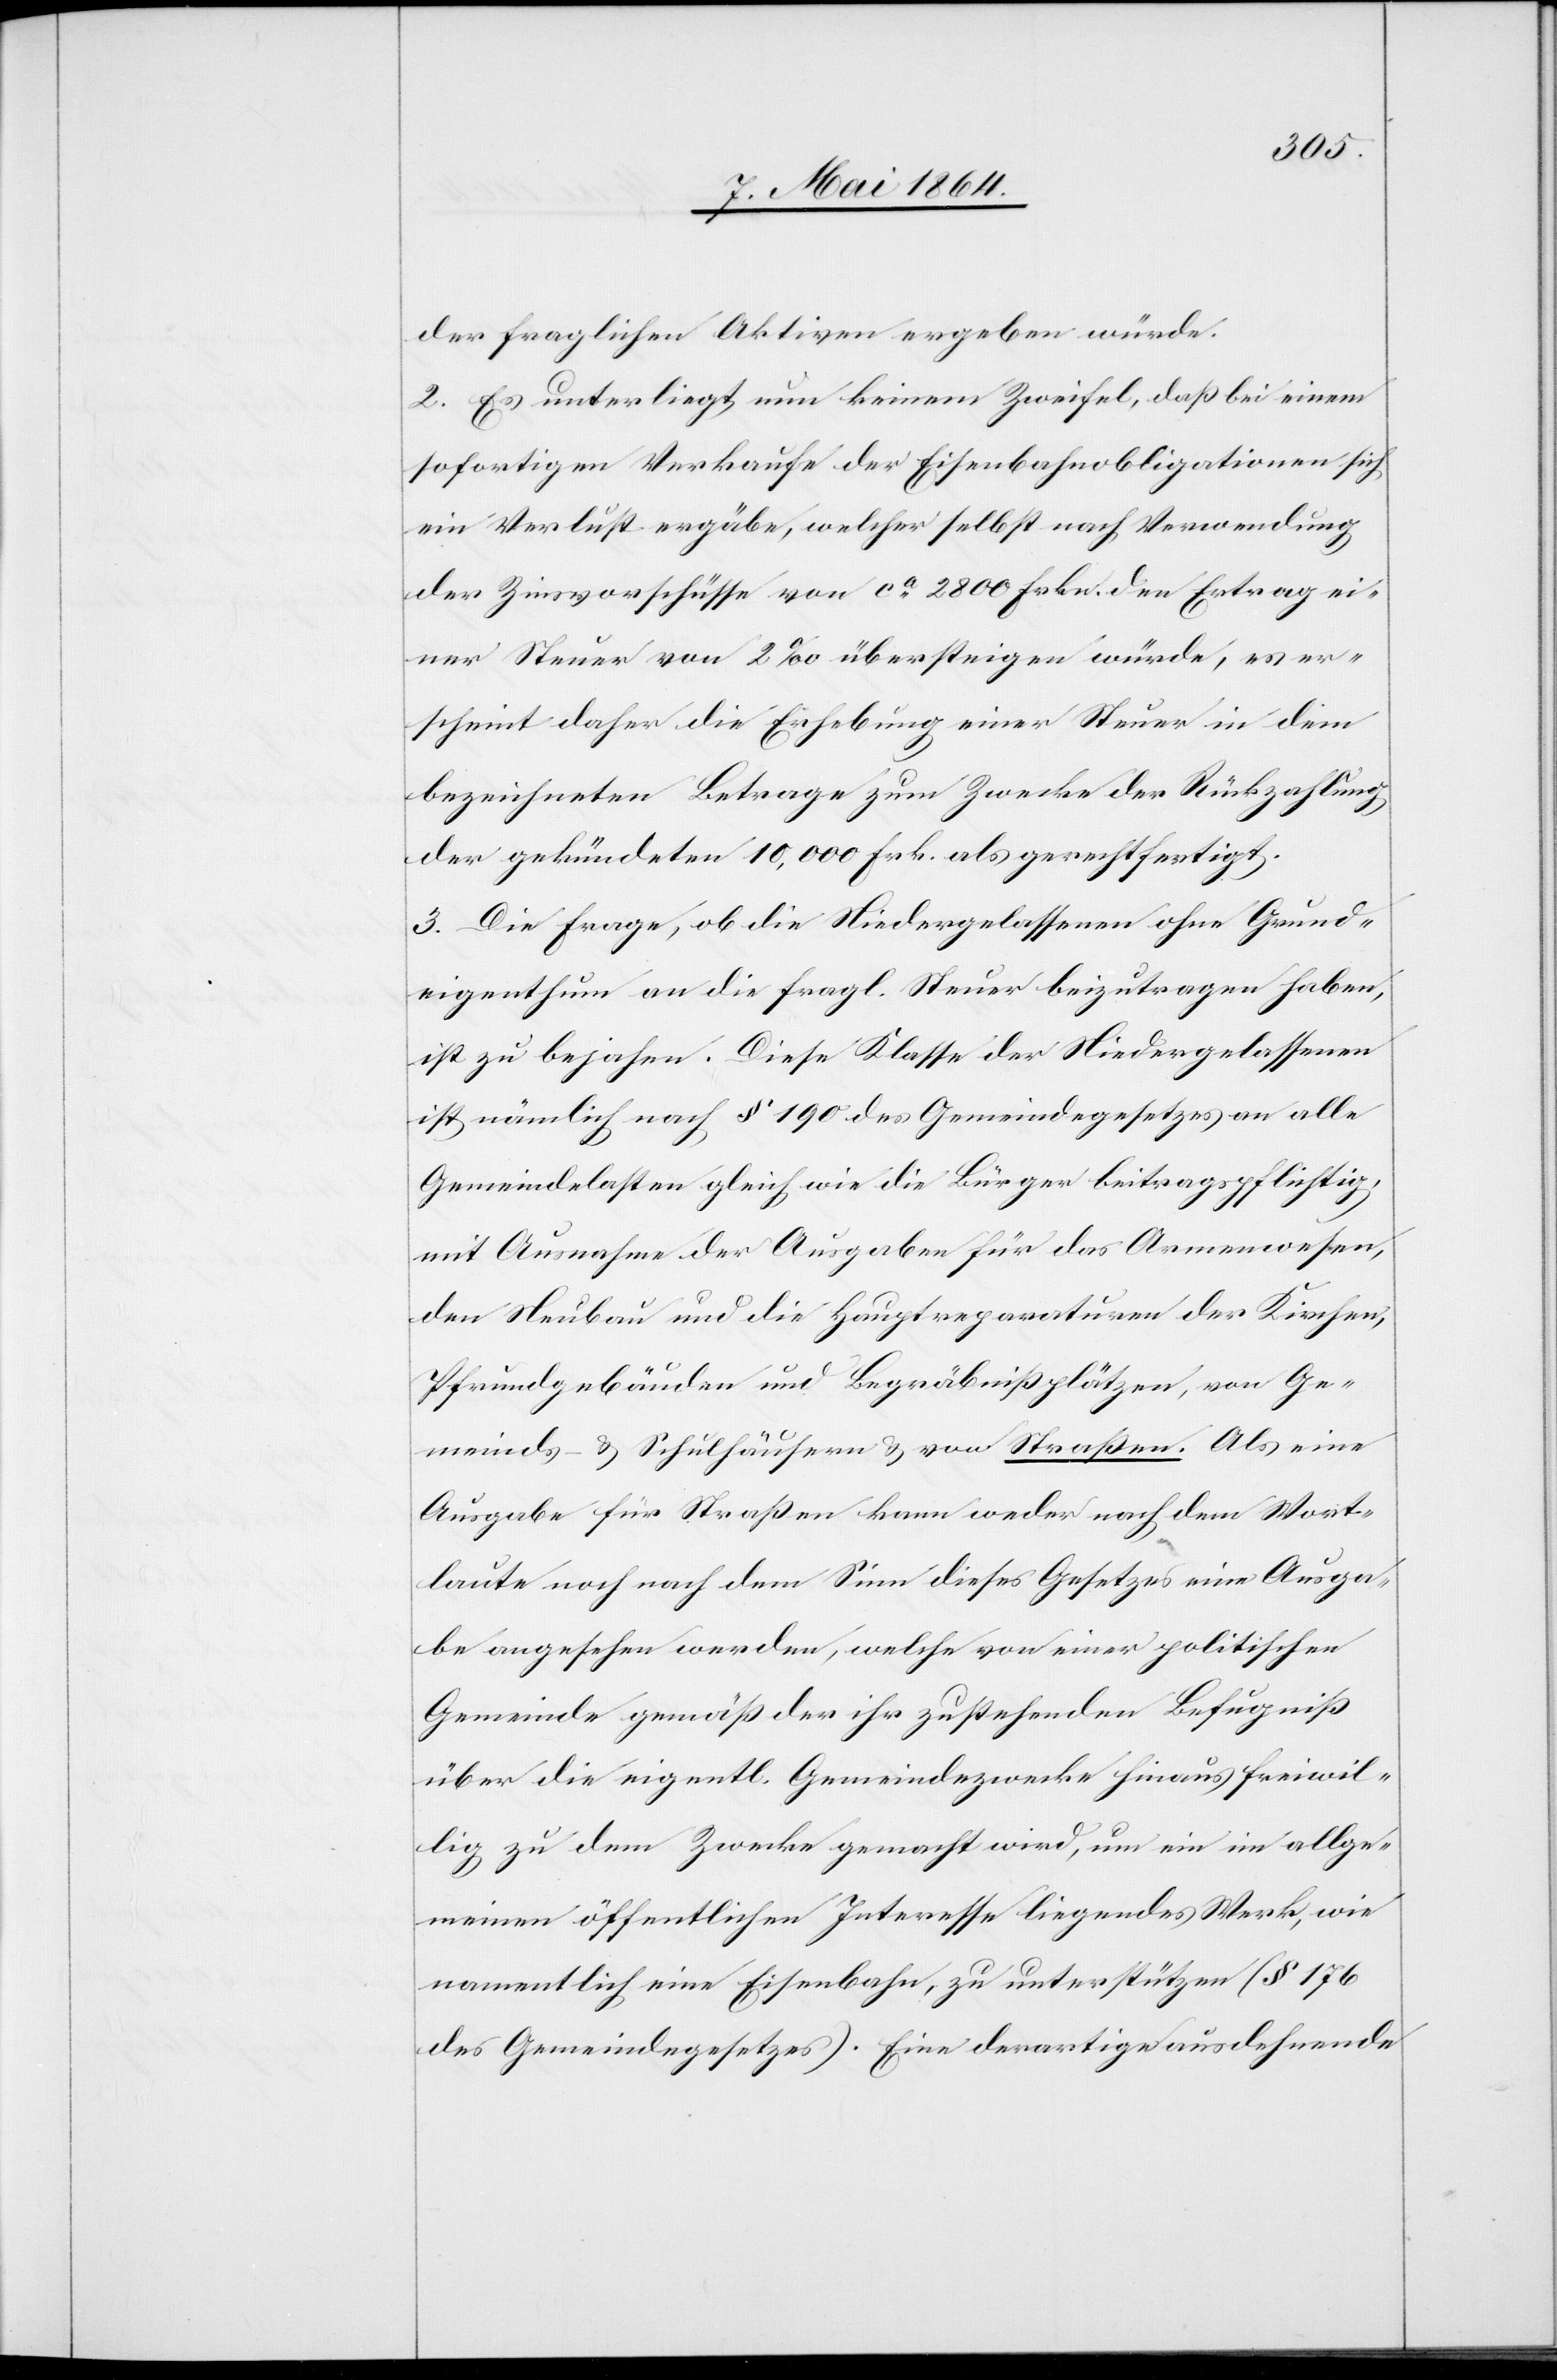
der fraglichen Aktiven ergeben würde.
2. Es unterliegt nun keinem Zweifel, daß bei einem
sofortigen Verkaufe der Eisenbahnobligationen sich
ein Verlust ergäbe, welcher selbst nach Verwendung
der Zinsvorschüsse von ca 2800 Frkn. den Ertrag ei¬
ner Steuer von 2‰ übersteigen würde, es er¬
scheint daher die Erhebung einer Steuer in dem
bezeichneten Betrage zum Zwecke der Rückzahlung
der gekündeten 10,000 Frk. als gerechtfertigt.
3. Die Frage, ob die Niedergelassenen ohne Grund¬
eigenthum an die fragl. Steuer beizutragen haben,
ist zu bejahen. Diese Klasse der Niedergelassenen
ist nämlich nach § 190 des Gemeindegesetzes an alle
Gemeindelasten gleich wie die Bürger beitragspflichtig,
mit Ausnahme der Ausgaben für das Armenwesen,
den Neubau und die Hauptreparaturen der Kirchen,
Pfrundgebäuden und Begräbnißplätzen, von Ge¬
meinds- u. Schulhäusern u. von Straßen. Als eine
Ausgabe für Straßen kann weder nach dem Wort¬
laute noch nach dem Sinn dieses Gesetzes eine Ausga¬
be angesehen werden, welche von einer politischen
Gemeinde gemäß der ihr zustehenden Befugniß
über die eigentl. Gemeindezwecke hinaus freiwil¬
lig zu dem Zwecke gemacht wird, um ein im allge¬
meinen öffentlichen Interesse liegendes Werk, wie
namentlich eine Eisenbahn, zu unterstützen (§ 176
des Gemeindegesetzes). Eine derartige ausdehnende